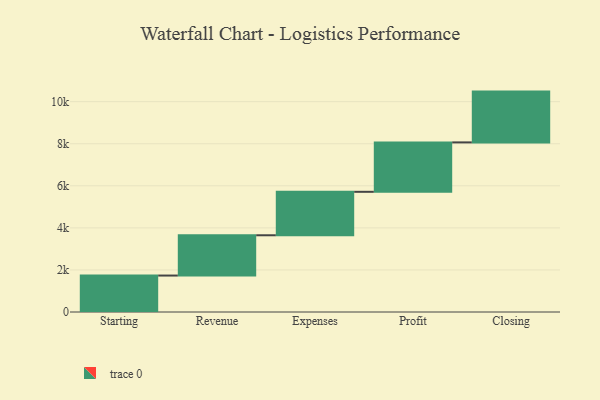
{"axis": {"x": "Step", "y": "Value"}, "legend": [""], "data": [{"x": "Starting", "y": 1733.0, "type": ""}, {"x": "Revenue", "y": 1915.0, "type": ""}, {"x": "Expenses", "y": 2066.0, "type": ""}, {"x": "Profit", "y": 2349.0, "type": ""}, {"x": "Closing", "y": 2415.0, "type": ""}]}